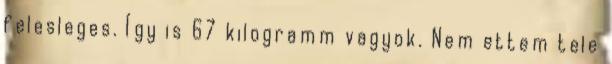
felesleges. Így is 67 kilogramm vagyok. Nem ettem tele